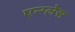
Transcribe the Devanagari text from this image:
एन्ग्लेस